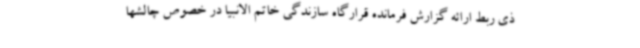
ذی ربط ارائه گزارش فرمانده قرارگاه سازندگی خاتم الانبیا در خصوص چالشها